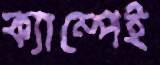
ক্যাম্পেই